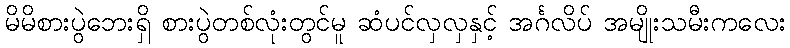
မိမိစားပွဲဘေးရှိ စားပွဲတစ်လုံးတွင်မူ ဆံပင်လှလှနှင့် အင်္ဂလိပ် အမျိုးသမီးကလေး